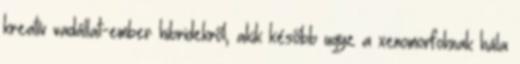
kreatív vadállat-ember hibridekről, akik később ugye a xenomorfoknak hála